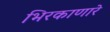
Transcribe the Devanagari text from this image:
भिरकाणारे